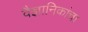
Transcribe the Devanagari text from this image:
वैज्ञानिकांचा